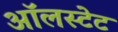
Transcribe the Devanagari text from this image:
ऑलस्टेट